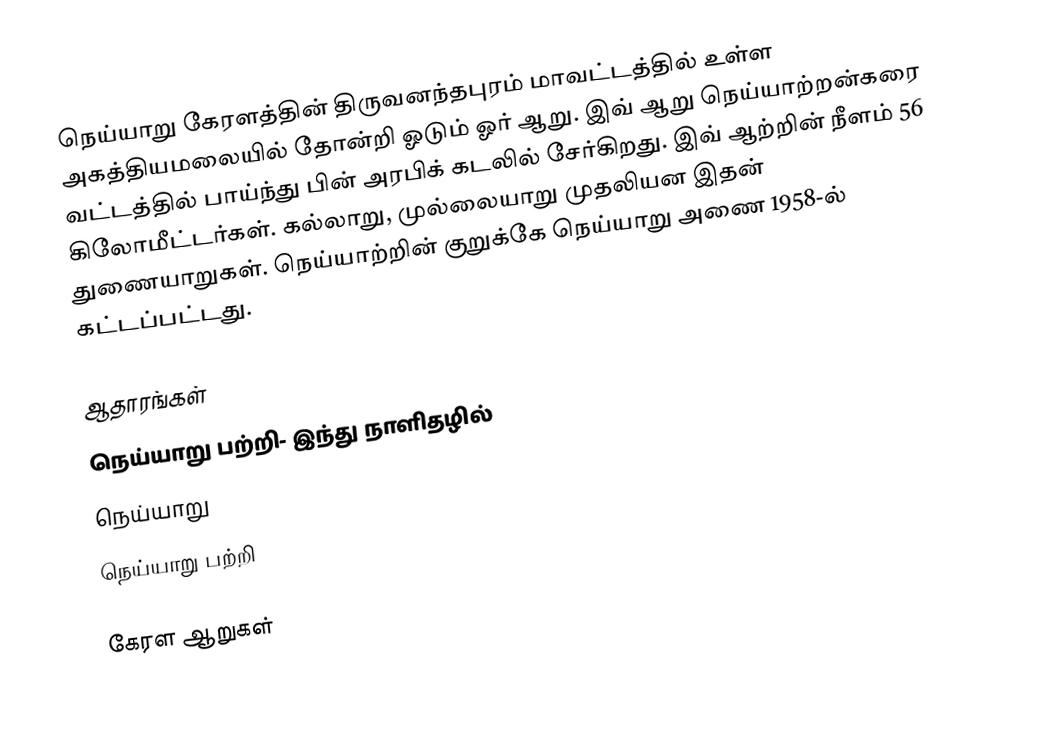
நெய்யாறு கேரளத்தின் திருவனந்தபுரம் மாவட்டத்தில் உள்ள அகத்தியமலையில் தோன்றி ஓடும் ஓர் ஆறு. இவ் ஆறு நெய்யாற்றன்கரை வட்டத்தில் பாய்ந்து பின் அரபிக் கடலில் சேர்கிறது. இவ் ஆற்றின் நீளம் 56 கிலோமீட்டர்கள். கல்லாறு, முல்லையாறு முதலியன இதன் துணையாறுகள். நெய்யாற்றின் குறுக்கே நெய்யாறு அணை 1958-ல் கட்டப்பட்டது.

ஆதாரங்கள்
நெய்யாறு பற்றி- இந்து நாளிதழில்
நெய்யாறு
நெய்யாறு பற்றி

கேரள ஆறுகள்